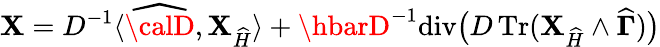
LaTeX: {\boldsymbol{\cal\mathbf{X}}}=D^{-1}\langle\widehat{{\calD}},{\mathbf{{\mathbf{X}}}}_{\widehat{{H}}}\rangle+\hbarD^{-1\! }\operatorname{div}\! \big(D\operatorname{Tr}({\mathbf{{\mathbf{X}}}}_{\widehat{{H}}}\wedge\widehat{{\boldsymbol\Gamma}})\big)